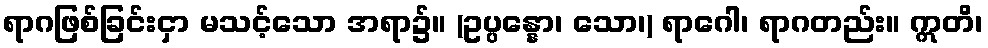
ရာဂဖြစ်ခြင်းငှာ မသင့်သော အရာ၌။ (ဥပ္ပန္နော၊ သော၊) ရာဂေါ၊ ရာဂတည်း။ ဣတိ၊